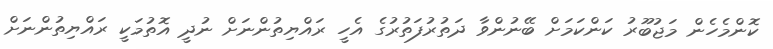
ކޮންމެހެން މަޖުބޫރު ކަންކަމަށް ބޭނުންވާ ދަތުރުފަތުރުގެ އެހީ ރައްޔިތުންނަށް ނުދީ އޮތުމަކީ ރައްޔިތުންނަށް